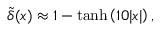
\tilde { \delta } ( x ) \approx 1 - \operatorname { t a n h } \left( 1 0 | x | \right) ,